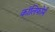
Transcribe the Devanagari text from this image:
कॉलिफोर्म